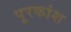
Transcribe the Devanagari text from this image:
पूरकांश